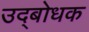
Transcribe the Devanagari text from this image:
उद्‍बोधक